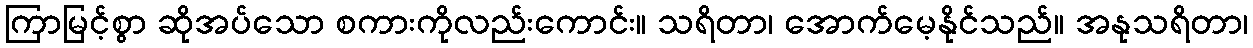
ကြာမြင့်စွာ ဆိုအပ်သော စကားကိုလည်းကောင်း။ သရိတာ၊ အောက်မေ့နိုင်သည်။ အနုသရိတာ၊